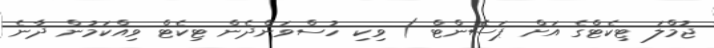
ޖުމްލަ ޓިކެޓްގެ އަށް ޕަސެންޓް ) ވިކި ހުސްވަންދެން ޓިކެޓް ވިއްކަމުން ދާނެ